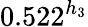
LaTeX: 0.522^{h_{3}}